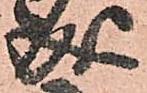
成